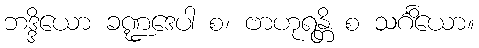
ဘဒ္ဒိယော ခဏ္ဍဒေပါ စ၊ ဗာဟုရန္တိ စ သင်္ဂိယော။